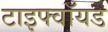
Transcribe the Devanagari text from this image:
टाइफ्वॉयड